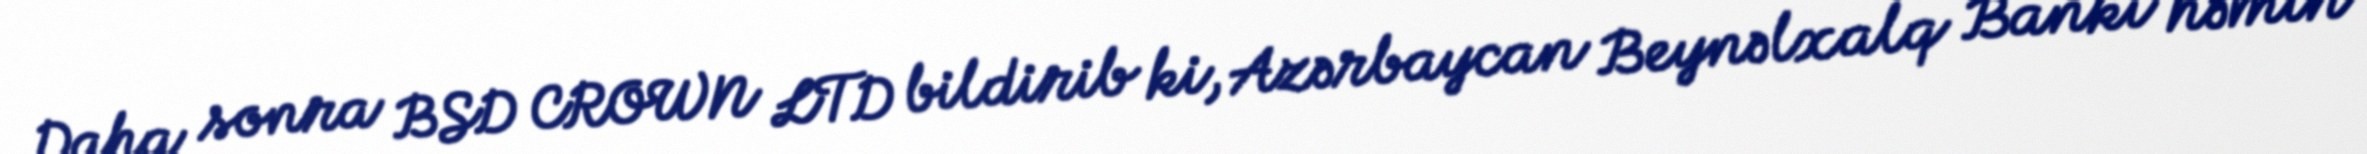
Daha sonra BSD CROWN LTD bildirib ki, Azərbaycan Beynəlxalq Bankı həmin